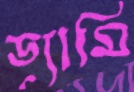
ড্যামি